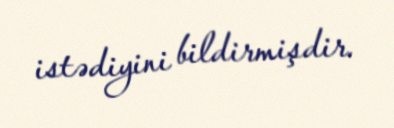
istədiyini bildirmişdir.